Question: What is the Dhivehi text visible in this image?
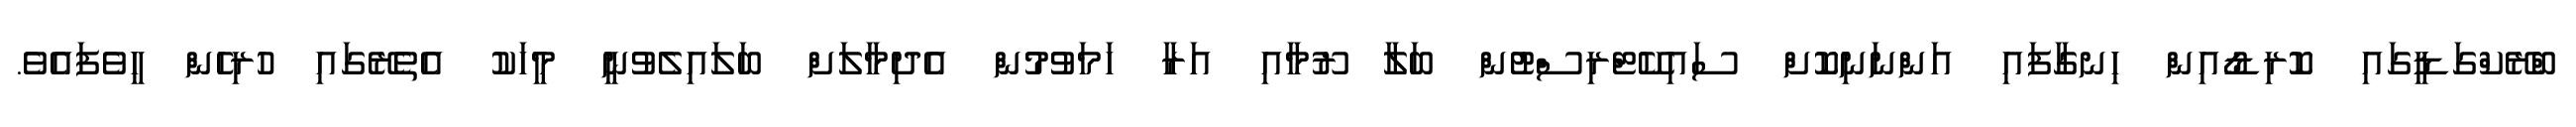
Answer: ބްރޭކްގަޑީގައި ކޮރިޑޯއިން ހިނގާފައި އަންނަނިކޮށް ސައިކޭޓްރިސްޓުން ބަލާ ރޫމާއި އަރާ ހަމަވުމުން އެދިމާލަށް ބަލައިލެވުނީ މީހަކު އެތެރޭގައި ހުރިހެން ހީވެފައެވެ.